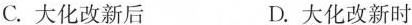
C.大化改新后 D.大化改新时